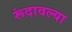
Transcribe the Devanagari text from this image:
रूंदावल्या